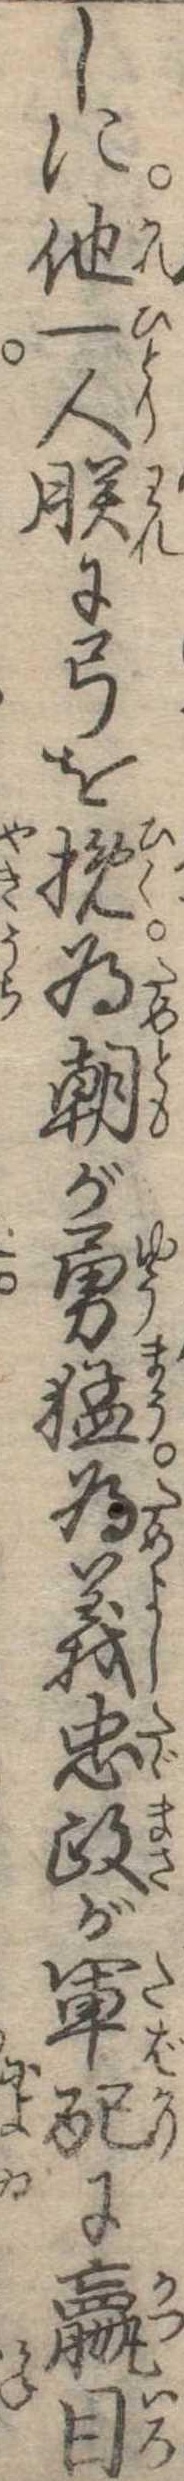
しに他一人朕に弓を挽為朝が勇猛為義忠政が軍配に贏目